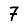
Digit: 7